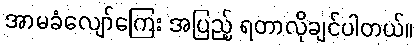
အာမခံလျော်ကြေး အပြည့် ရတာလိုချင်ပါတယ်။